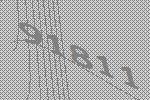
91811